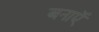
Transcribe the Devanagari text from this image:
बनाऍ